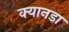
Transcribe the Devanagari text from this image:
क्यानडा